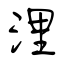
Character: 浬